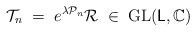
LaTeX: \begin{align*}\mathcal{T}_n\;=\;e^{\lambda\mathcal{P}_n}\mathcal{R}\;\in\;\textnormal{GL}(\mathsf{L},\mathbb{C})\end{align*}